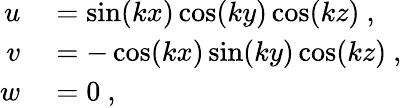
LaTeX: \begin{array}{rl}{u}&{{}=\sin(kx)\cos(ky)\cos(kz)\ ,}\\ {v}&{{}=-\cos(kx)\sin(ky)\cos(kz)\ ,}\\ {w}&{{}=0\ ,}\end{array}